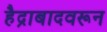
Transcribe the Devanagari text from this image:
हैद्राबादवरून